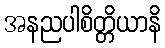
အနညပါစိတ္တိယာနိ